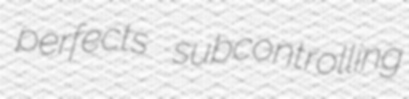
perfects subcontrolling